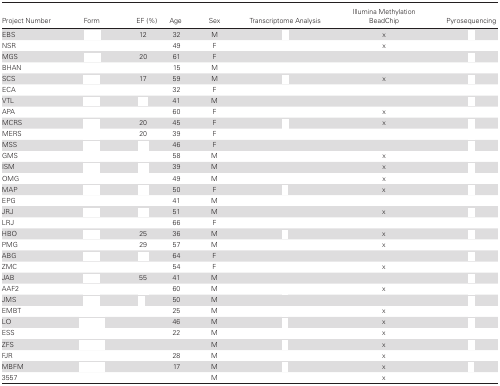
<table><thead><tr><td><b>Project Number</b></td><td><b>Form</b></td><td><b>EF (%)</b></td><td><b>Age</b></td><td><b>Sex</b></td><td><b>Transcriptome Analysis</b></td><td><b>Illumina Methylation BeadChip</b></td><td><b>Pyrosequencing</b></td></tr></thead><tbody><tr><td>EBS</td><td>[EMPTY_CELL]</td><td>12</td><td>32</td><td>M</td><td>[EMPTY_CELL]</td><td>x</td><td>[EMPTY_CELL]</td></tr><tr><td>NSR</td><td>[EMPTY_CELL]</td><td>[EMPTY_CELL]</td><td>49</td><td>F</td><td>[EMPTY_CELL]</td><td>x</td><td>[EMPTY_CELL]</td></tr><tr><td>MGS</td><td>[EMPTY_CELL]</td><td>20</td><td>61</td><td>F</td><td>[EMPTY_CELL]</td><td>[EMPTY_CELL]</td><td>[EMPTY_CELL]</td></tr><tr><td>BHAN</td><td>[EMPTY_CELL]</td><td>[EMPTY_CELL]</td><td>15</td><td>M</td><td>[EMPTY_CELL]</td><td>[EMPTY_CELL]</td><td>[EMPTY_CELL]</td></tr><tr><td>SCS</td><td>[EMPTY_CELL]</td><td>17</td><td>59</td><td>M</td><td>[EMPTY_CELL]</td><td>x</td><td>[EMPTY_CELL]</td></tr><tr><td>ECA</td><td>[EMPTY_CELL]</td><td>[EMPTY_CELL]</td><td>32</td><td>F</td><td>[EMPTY_CELL]</td><td>[EMPTY_CELL]</td><td>[EMPTY_CELL]</td></tr><tr><td>VTL</td><td>[EMPTY_CELL]</td><td>[EMPTY_CELL]</td><td>41</td><td>M</td><td>[EMPTY_CELL]</td><td>[EMPTY_CELL]</td><td>[EMPTY_CELL]</td></tr><tr><td>APA</td><td>[EMPTY_CELL]</td><td>[EMPTY_CELL]</td><td>60</td><td>F</td><td>[EMPTY_CELL]</td><td>x</td><td>[EMPTY_CELL]</td></tr><tr><td>MCRS</td><td>[EMPTY_CELL]</td><td>20</td><td>45</td><td>F</td><td>[EMPTY_CELL]</td><td>x</td><td>[EMPTY_CELL]</td></tr><tr><td>MERS</td><td>[EMPTY_CELL]</td><td>20</td><td> 39</td><td>F</td><td>[EMPTY_CELL]</td><td>[EMPTY_CELL]</td><td>[EMPTY_CELL]</td></tr><tr><td>MSS</td><td>[EMPTY_CELL]</td><td>[EMPTY_CELL]</td><td>46</td><td>F</td><td>[EMPTY_CELL]</td><td>[EMPTY_CELL]</td><td>[EMPTY_CELL]</td></tr><tr><td>GMS</td><td>[EMPTY_CELL]</td><td>[EMPTY_CELL]</td><td>58</td><td>M</td><td>[EMPTY_CELL]</td><td>x</td><td>[EMPTY_CELL]</td></tr><tr><td>ISM</td><td>[EMPTY_CELL]</td><td>[EMPTY_CELL]</td><td>39</td><td>M</td><td>[EMPTY_CELL]</td><td>x</td><td>[EMPTY_CELL]</td></tr><tr><td>OMG</td><td>[EMPTY_CELL]</td><td>[EMPTY_CELL]</td><td>49</td><td>M</td><td>[EMPTY_CELL]</td><td>x</td><td>[EMPTY_CELL]</td></tr><tr><td>MAP</td><td>[EMPTY_CELL]</td><td>[EMPTY_CELL]</td><td>50</td><td>F</td><td>[EMPTY_CELL]</td><td>x</td><td>[EMPTY_CELL]</td></tr><tr><td>EPG</td><td>[EMPTY_CELL]</td><td>[EMPTY_CELL]</td><td>41</td><td>M</td><td>[EMPTY_CELL]</td><td>[EMPTY_CELL]</td><td>[EMPTY_CELL]</td></tr><tr><td>JRJ</td><td>[EMPTY_CELL]</td><td>[EMPTY_CELL]</td><td>51</td><td>M</td><td>[EMPTY_CELL]</td><td>x</td><td>[EMPTY_CELL]</td></tr><tr><td>LRJ</td><td>[EMPTY_CELL]</td><td>[EMPTY_CELL]</td><td>66</td><td>F</td><td>[EMPTY_CELL]</td><td>[EMPTY_CELL]</td><td>[EMPTY_CELL]</td></tr><tr><td>HBO</td><td>[EMPTY_CELL]</td><td>25</td><td>36</td><td>M</td><td>[EMPTY_CELL]</td><td>x</td><td>[EMPTY_CELL]</td></tr><tr><td>PMG</td><td>[EMPTY_CELL]</td><td>29</td><td>57</td><td>M</td><td>[EMPTY_CELL]</td><td>x</td><td>[EMPTY_CELL]</td></tr><tr><td>ABG</td><td>[EMPTY_CELL]</td><td>[EMPTY_CELL]</td><td>64</td><td>F</td><td>[EMPTY_CELL]</td><td>[EMPTY_CELL]</td><td>[EMPTY_CELL]</td></tr><tr><td>ZMC</td><td>[EMPTY_CELL]</td><td>[EMPTY_CELL]</td><td>54</td><td>F</td><td>[EMPTY_CELL]</td><td>x</td><td>[EMPTY_CELL]</td></tr><tr><td>JAB</td><td>[EMPTY_CELL]</td><td>55</td><td>41</td><td>M</td><td>[EMPTY_CELL]</td><td>[EMPTY_CELL]</td><td>[EMPTY_CELL]</td></tr><tr><td>AAF2</td><td>[EMPTY_CELL]</td><td>[EMPTY_CELL]</td><td>60</td><td>M</td><td>[EMPTY_CELL]</td><td>x</td><td>[EMPTY_CELL]</td></tr><tr><td>JMS</td><td>[EMPTY_CELL]</td><td>[EMPTY_CELL]</td><td>50</td><td>M</td><td>[EMPTY_CELL]</td><td>[EMPTY_CELL]</td><td>[EMPTY_CELL]</td></tr><tr><td>EMBT</td><td>[EMPTY_CELL]</td><td>[EMPTY_CELL]</td><td>25</td><td>M</td><td>[EMPTY_CELL]</td><td>x</td><td>[EMPTY_CELL]</td></tr><tr><td>LO</td><td>[EMPTY_CELL]</td><td>[EMPTY_CELL]</td><td>46</td><td>M</td><td>[EMPTY_CELL]</td><td>x</td><td>[EMPTY_CELL]</td></tr><tr><td>ESS</td><td>[EMPTY_CELL]</td><td>[EMPTY_CELL]</td><td>22</td><td>M</td><td>[EMPTY_CELL]</td><td>x</td><td>[EMPTY_CELL]</td></tr><tr><td>ZFS</td><td>[EMPTY_CELL]</td><td>[EMPTY_CELL]</td><td>[EMPTY_CELL]</td><td>M</td><td>[EMPTY_CELL]</td><td>x</td><td>[EMPTY_CELL]</td></tr><tr><td>FJR</td><td>[EMPTY_CELL]</td><td>[EMPTY_CELL]</td><td>28</td><td>M</td><td>[EMPTY_CELL]</td><td>x</td><td>[EMPTY_CELL]</td></tr><tr><td>MBFM</td><td>[EMPTY_CELL]</td><td>[EMPTY_CELL]</td><td>17</td><td>M</td><td>[EMPTY_CELL]</td><td>x</td><td>[EMPTY_CELL]</td></tr><tr><td>3557</td><td>[EMPTY_CELL]</td><td>[EMPTY_CELL]</td><td>[EMPTY_CELL]</td><td>M</td><td>[EMPTY_CELL]</td><td>x</td><td>[EMPTY_CELL]</td></tr></tbody></table>